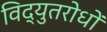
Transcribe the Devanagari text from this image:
विद्युतरोधों